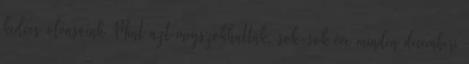
kedves olvasóink Mint azt megszokhatták, sok-sok éve minden decemberi